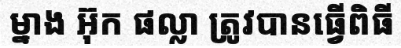
ម្នាង អ៊ុក ផល្លា ត្រូវបានធ្វើពិធី